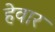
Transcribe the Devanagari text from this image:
हेवार